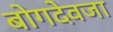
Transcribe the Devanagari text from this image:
बोगदेवजा